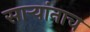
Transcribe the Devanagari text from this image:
सार्‍यांनाच